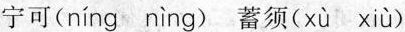
宁可( níng nìng ) 蓄须( xù xiù )